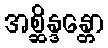
အစ္ဆိန္ဒန္တော